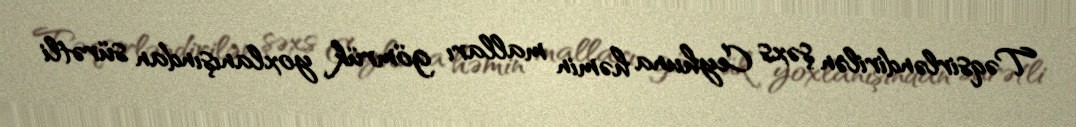
Təqsirləndirilən şəxs Ceyhuna həmin malları gömrük yoxlanışından sürətli